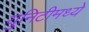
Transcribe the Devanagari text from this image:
युनिटीमध्ये